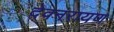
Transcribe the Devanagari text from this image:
देवनरायण